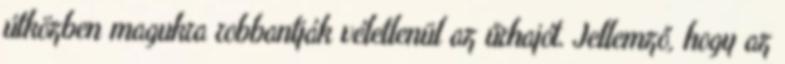
útközben magukra robbantják véletlenül az űrhajót. Jellemző, hogy az